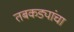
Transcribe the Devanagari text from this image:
तबकड्यांचा